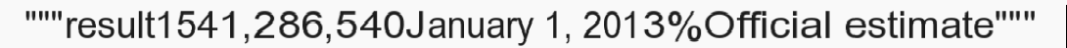
"""result1541,286,540January 1, 2013%Official estimate"""